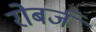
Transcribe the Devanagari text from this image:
रोबर्ज